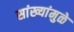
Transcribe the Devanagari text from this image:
सांख्यांमुळे